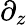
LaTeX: \partial_{z}